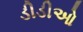
ડીડીઓ